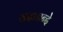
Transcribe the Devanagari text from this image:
सदानन्दे